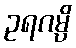
ဥရဂမ္ပိ